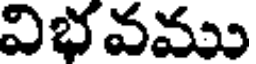
విభవము